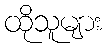
ထိုသူများ